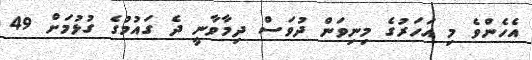
އެހެންވެ މި އަހަރުގެ މިނިވަން ދުވަސް ދިމާވާނީ ދެ ގައުމުގެ ގުޅުމަށް 49